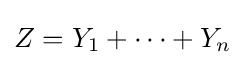
Z=Y_{1}+\cdots +Y_{n}